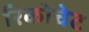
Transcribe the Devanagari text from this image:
रिकोचेट